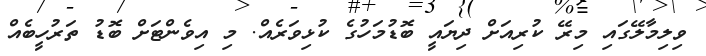
ވިލިމާލޭގައި މިރޭ ކުރިއަށް ދިޔައީ ބޮޑުމަހުގެ ކުޅިވަރެއް. މި އިވެންޓަށް ބޮޑު ތަރުުހީބެއް